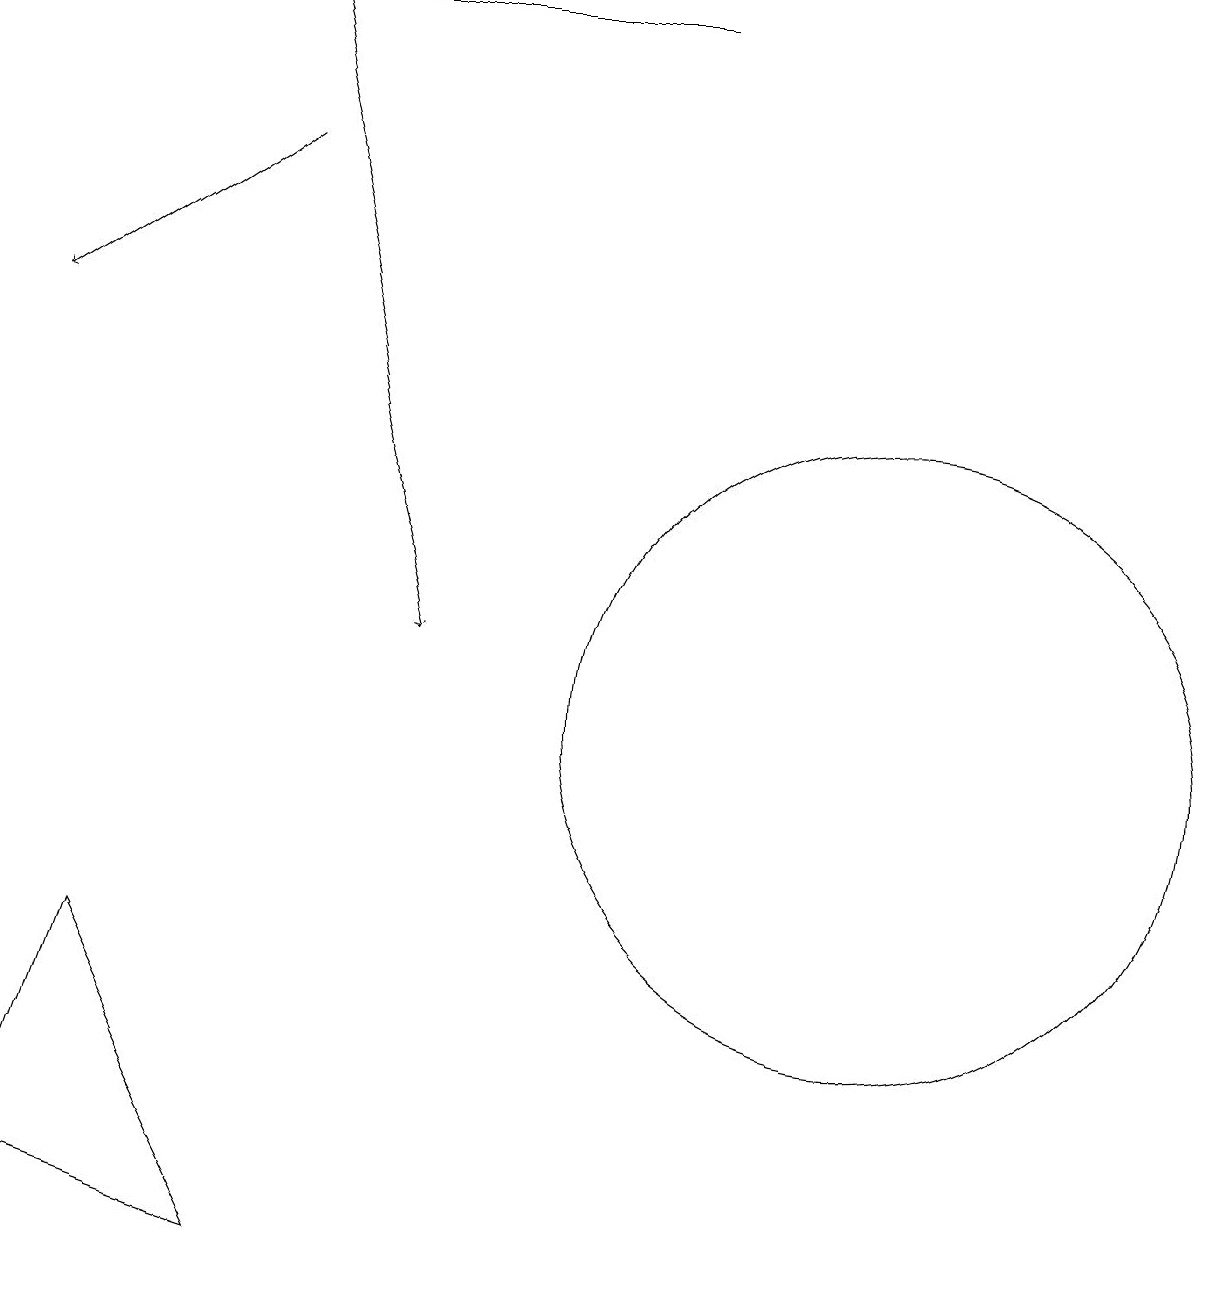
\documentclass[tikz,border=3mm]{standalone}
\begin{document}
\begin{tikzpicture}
\draw (3,3) -- (0,4) -- (1,7) -- cycle;
\draw[->] (3,19) -- (5,11);
\draw (10,10) circle (0);
\draw[->] (8,19) -- (0,19);
\draw (11,10) circle (4);
\draw[->] (3,17) -- (0,15);
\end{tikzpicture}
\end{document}